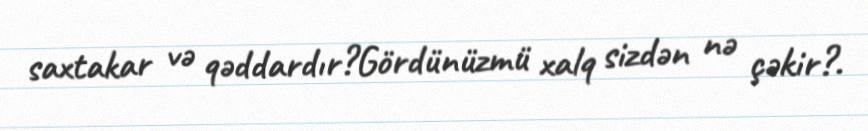
saxtakar və qəddardır?Gördünüzmü xalq sizdən nə çəkir?.